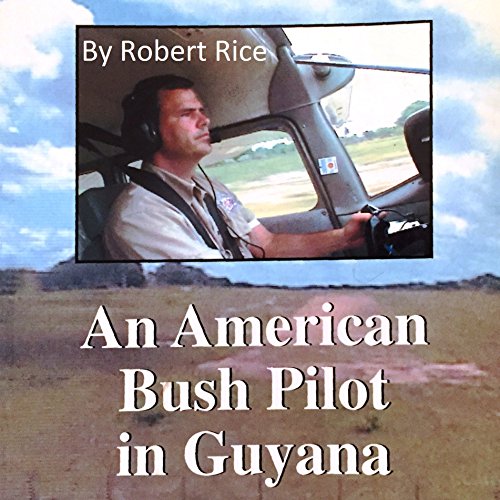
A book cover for An American Bush Pilot in Guyana; Robert Rice; Medical Books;